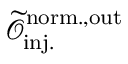
\mathcal { \widetilde { O } } _ { \mathrm { i n j . } } ^ { \mathrm { n o r m . , o u t } }